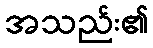
အသည်း၏